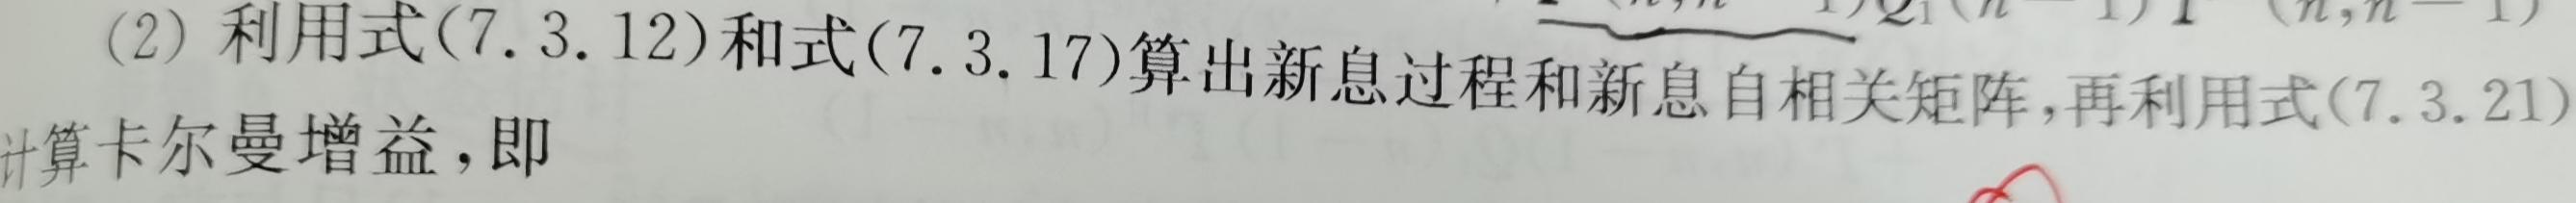
(2) 利用式(7.3.12)和式(7.3.17)算出新息过程和新息自相关矩阵,再利用式(7.3.21)计算卡尔曼增益,即